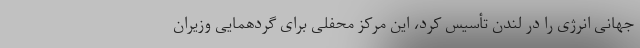
جهانی انرژی را در لندن تأسیس کرد، این مرکز محفلی برای گردهمایی وزیران